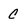
Character: c